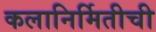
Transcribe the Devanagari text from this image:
कलानिर्मितीची